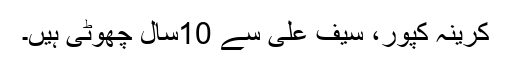
کرینہ کپور، سیف علی سے 10سال چھوٹی ہیں۔